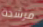
مرشدة